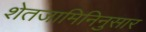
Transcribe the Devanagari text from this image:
शेतजामिनिनुसार